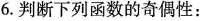
6.判断下列函数的奇偶性：